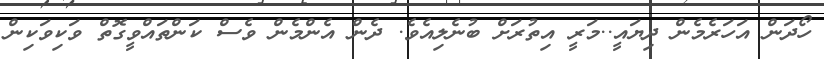
ހޯދަން އަހަރެމެން ދިޔައީ..މަރީ އިތުރަށް ބުނެލިއެވެ. ދެން އެންމެން ވެސް ކަންތައްވީގޮތް ވަކިވަކިން